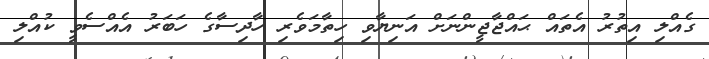
ގެއްލި އިތުރު އެތައް ޙައްޖާޖީންނަށް އަނިޔާވި ހިތާމަވެރި ހާދިސާގެ ހަބަރު އެއްސެވީ ކުއްލި